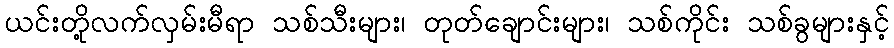
ယင်းတို့လက်လှမ်းမီရာ သစ်သီးများ၊ တုတ်ချောင်းများ၊ သစ်ကိုင်း သစ်ခွများနှင့်